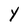
Character: Y